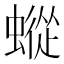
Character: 䗥